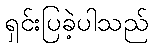
ရှင်းပြခဲ့ပါသည်